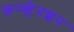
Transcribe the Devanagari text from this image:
कन्व्हेनशन